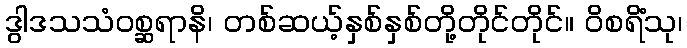
ဒွါဒသသံဝစ္ဆရာနိ၊ တစ်ဆယ့်နှစ်နှစ်တို့တိုင်တိုင်။ ဝိစရိံသု၊